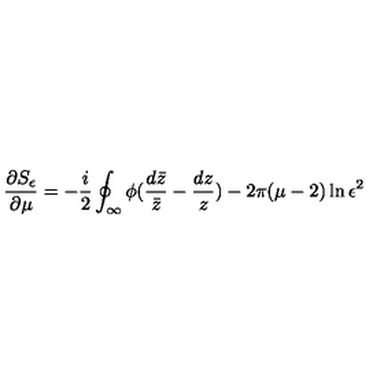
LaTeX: \frac { \partial S _ { \epsilon } } { \partial \mu } = - \frac { i } { 2 } \oint _ { \infty } \phi ( \frac { d \bar { z } } { \bar { z } } - \frac { d z } { z } ) - 2 \pi ( \mu - 2 ) \ln \epsilon ^ { 2 }